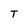
Character: T